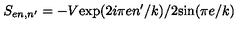
S _ { e n , n ^ { \prime } } = - V \mathrm { e x p } ( 2 i \pi e n ^ { \prime } / k ) / 2 \mathrm { s i n } ( \pi e / k )